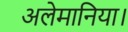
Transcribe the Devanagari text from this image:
अलेमानिया।